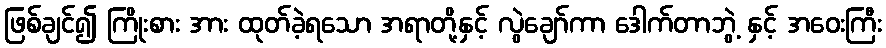
ဖြစ်ချင်၍ ကြိုးစား အား ထုတ်ခဲ့ရသော အရာတို့နှင့် လွဲချော်ကာ ဒေါက်တာဘွဲ့ နှင့် အဝေးကြီး